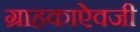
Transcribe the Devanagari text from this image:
ग्राहकाऐवजी